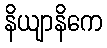
နိယျာနိကေ